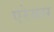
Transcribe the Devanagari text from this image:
एरेयस